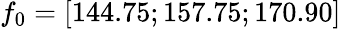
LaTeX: f_{0}=[144.75;157.75;170.90]